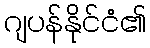
ဂျပန်နိုင်ငံ၏